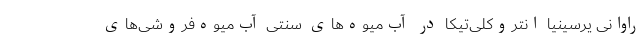
راوانی یرسینیا انتروکلی‌تیکا در آب‌میوه‌های سنتی آب‌میوه‌فروشی‌های